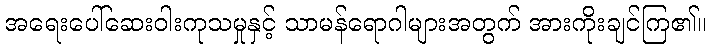
အရေးပေါ်ဆေးဝါးကုသမှုနှင့် သာမန်ရောဂါများအတွက် အားကိုးချင်ကြ၏။